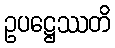
ဥပဋ္ဌေဿတိ